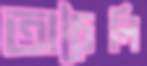
তাচৈলি